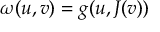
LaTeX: \omega ( u , v ) = g ( u , J ( v ) )